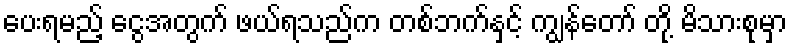
ပေးရမည့် ငွေအတွက် ဖယ်ရသည်က တစ်ဘက်နှင့် ကျွန်တော် တို့ မိသားစုမှာ